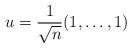
LaTeX: \begin{align*} u=\frac{1}{\sqrt{n}}(1,\dotsc,1)\end{align*}